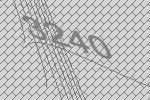
3240